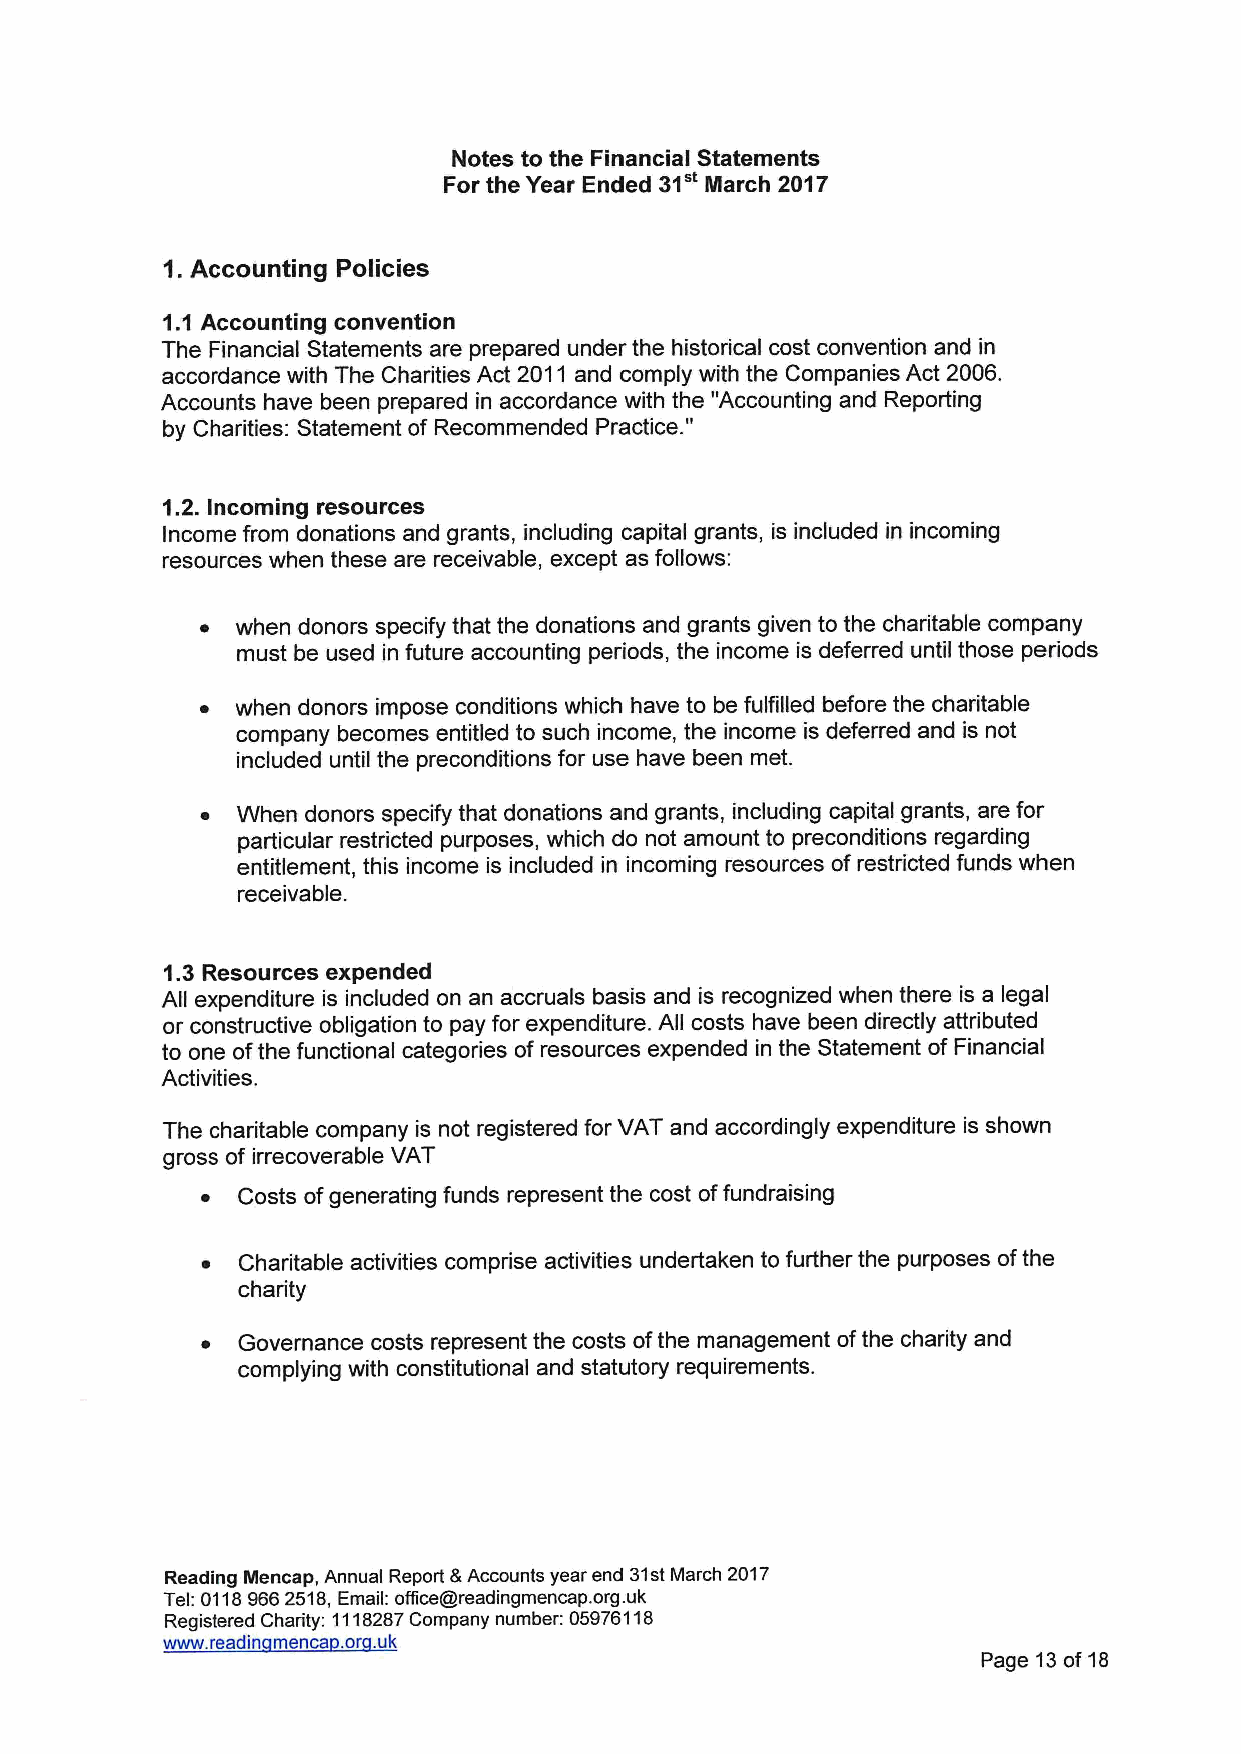
Notes to the Financial Statements
 31"
 For the Year Ended March 2017
 1.Accounting Policies
 1.1 Accounting convention
 The Financial Statements are prepared under the historical cost convention and in
 accordance with The Charities Act 2011 and comply with the Companies Act 2006.
 Accounts have been prepared in accordance with the "Accounting and Reporting
 "
 by Charities: Statement of Recommended Practice.
 1.2. Incoming resources
 Income from donations and grants, including capital grants, is included in incoming
 resources when these are receivable, except as follows:
 ~  when donors specify that the donations and grants given to the charitable company
 must be used in future accounting periods, the income is deferred until those periods
 ~  when donors impose conditions which have to be fulfilled before the charitable
 company becomes entitled to such income, the income is deferred and is not
 included until the preconditions for use have been met.
 ~  When donors specify that donations and grants, including capital grants, are for
 particular restricted purposes, which do not amount to preconditions regarding
 entitlement, this income is included in incoming resources of restricted funds when
 receivable.
 1.3 Resources expended
 All expenditure is included on an accruals basis and is recognized when there is a legal
 or constructive obligation to pay for expenditure. All costs have been directly attributed
 to one ofthe functional categories of resources expended in the Statement of Financial
 Activities.
 The charitable company is not registered for VAT and accordingly expenditure is shown
 gross of irrecoverable VAT
 ~  Costs ofgenerating funds represent the cost offundraising
 ~  Charitable activities comprise activities undertaken to further the purposes ofthe
 charity
 ~  Governance costs represent the costs ofthe management ofthe charity and
 complying with constitutional and statutory requirements.
 Reading Mencap, Annual Report 8 Accounts year end 31stMarch 2017
 Tel:01189662518,Email: office@readingmencap. org.uk
 Registered Charity: 1118287Company number: 05976118
 www. readin menca .or .uk
 Page 13of18